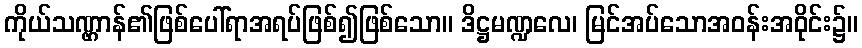
ကိုယ်သဏ္ဌာန်၏ဖြစ်ပေါ်ရာအရပ်ဖြစ်၍ဖြစ်သော။ ဒိဋ္ဌမဏ္ဍလေ၊ မြင်အပ်သောအဝန်းအဝိုင်း၌။